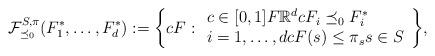
LaTeX: \begin{align*} \mathcal{F}^{S,\pi}_{\preceq_0}(F_1^\ast,\dots,F_d^\ast):= \bigg\{ cF : \begin{array}{l}c\in[0,1] F \mathbb{R}^d cF_i\preceq_0 F_i^\ast \\ i=1,\dots, d cF(s)\leq \pi_s s\in S \end{array} \bigg\}, \end{align*}